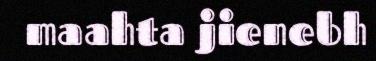
maahta jienebh